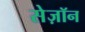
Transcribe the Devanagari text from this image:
सेज़ॉन